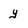
Character: y